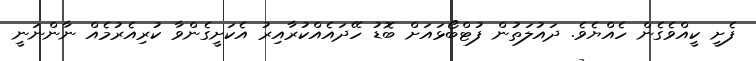
ފެށީ ކީއްވެގެން ހެއްޔެވެ. ދައުލަތުން ފުޓްބޯޅައަށް ބޮޑު ހޭދައެއްކުރާއިރު އެކަށީގެންވާ ކުރިއެރުމެއް ނާންނަނީ